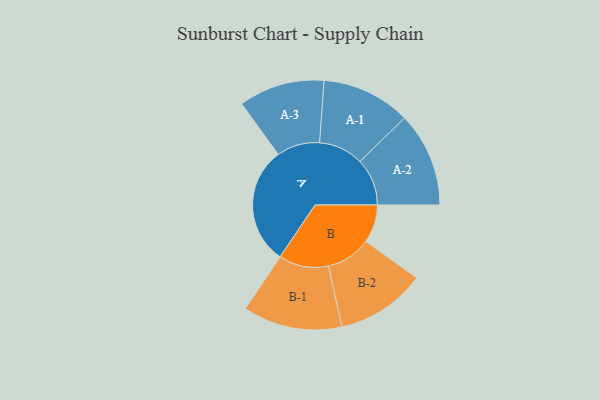
{"axis": {"x": "Segment", "y": "Value"}, "legend": ["", "A", "B"], "data": [{"x": "A", "y": 486, "type": ""}, {"x": "B", "y": 157, "type": ""}, {"x": "A-1", "y": 184, "type": "A"}, {"x": "A-2", "y": 195, "type": "A"}, {"x": "A-3", "y": 177, "type": "A"}, {"x": "B-1", "y": 205, "type": "B"}, {"x": "B-2", "y": 185, "type": "B"}]}